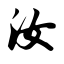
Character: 汝